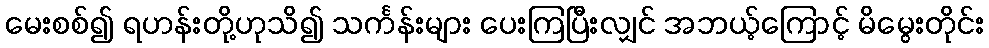
မေးစစ်၍ ရဟန်းတို့ဟုသိ၍ သင်္ကန်းများ ပေးကြပြီးလျှင် အဘယ့်ကြောင့် မိမွေးတိုင်း